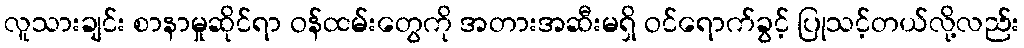
လူသားချင်း စာနာမှုဆိုင်ရာ ဝန်ထမ်းတွေကို အတားအဆီးမရှိ ဝင်ရောက်ခွင့် ပြုသင့်တယ်လို့လည်း